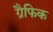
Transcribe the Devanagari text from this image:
ग्रैफिक